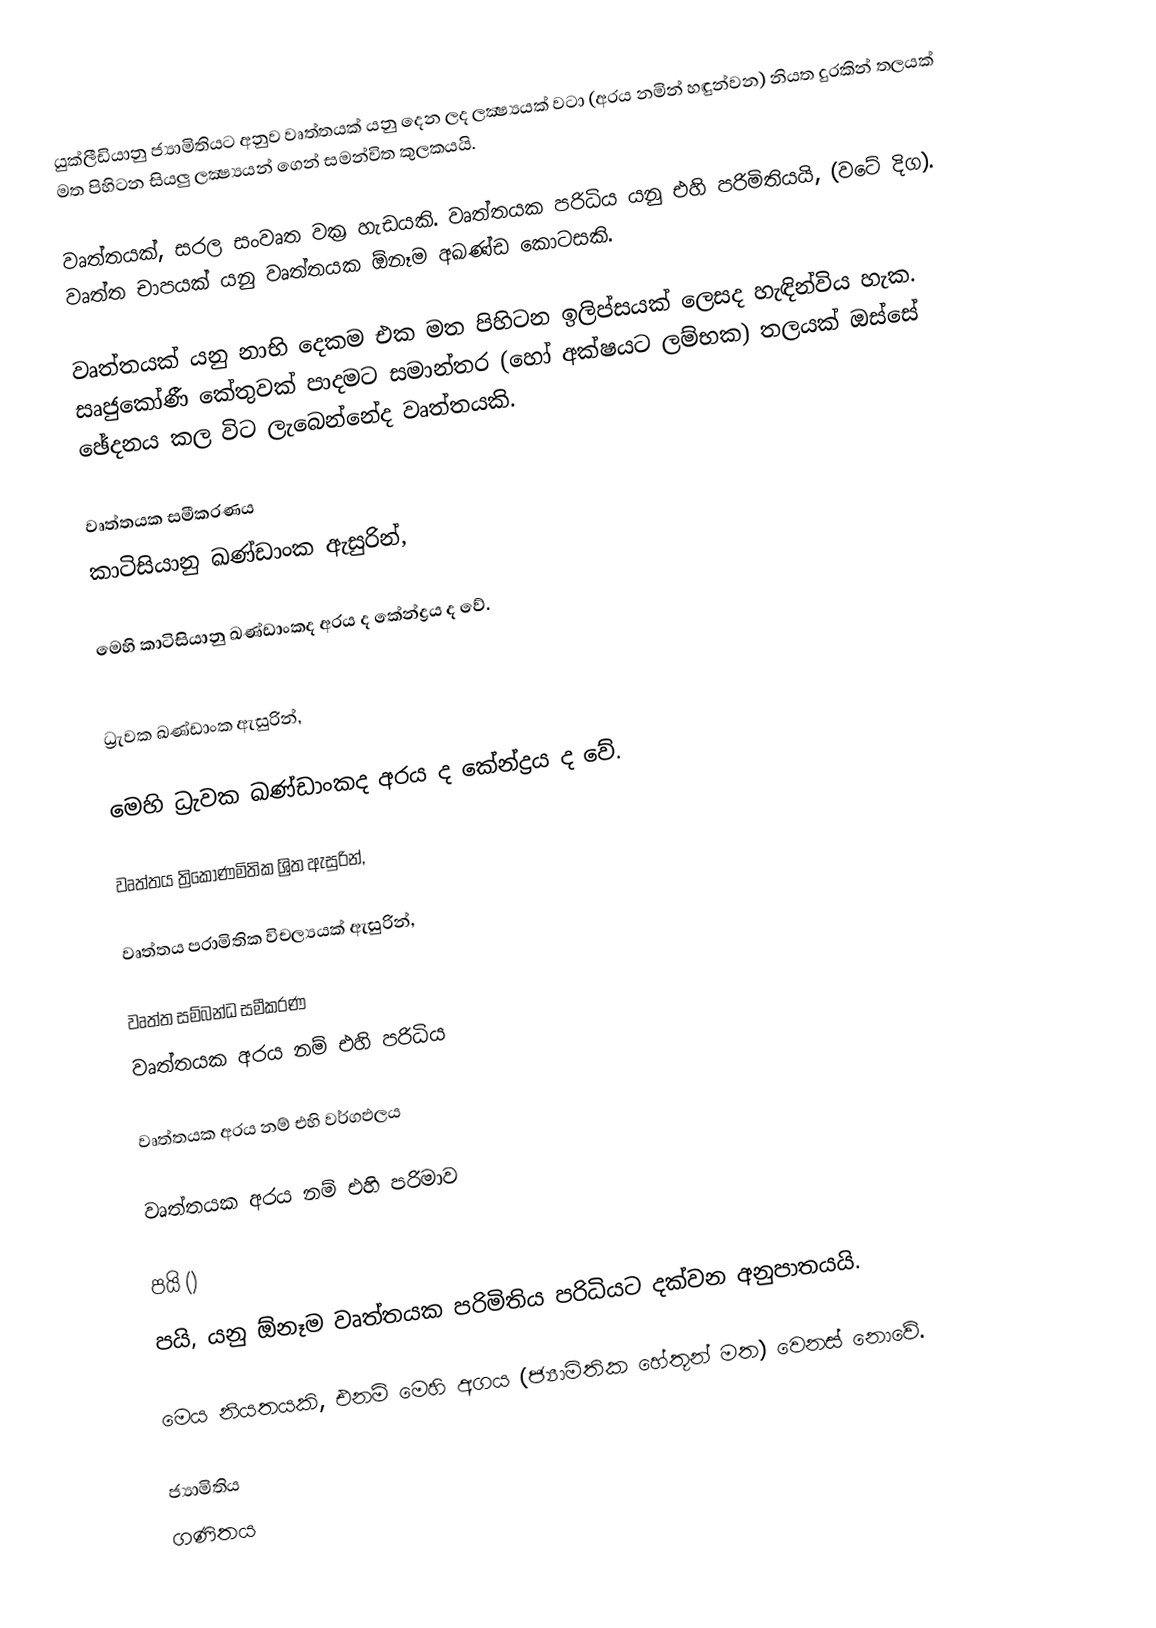
යුක්ලීඩියානු ජ්‍යාමිතියට අනුව වෘත්තයක් යනු දෙන ලද ලක්‍ෂ්‍යයක් වටා (අරය නමින් හඳුන්වන) නියත දුරකින් තලයක් මත පිහිටන සියලු ලක්‍ෂ්‍යයන් ගෙන් සමන්විත කුලකයයි.

වෘත්තයක්, සරල සංවෘත වක්‍ර හැඩයකි. වෘත්තයක පරිධිය යනු එහි පරිමිතියයි, (වටේ දිග). වෘත්ත චාපයක් යනු වෘත්තයක ඕනෑම අඛණ්ඩ කොටසකි.

වෘත්තයක් යනු නාභි දෙකම එක මත පිහිටන ඉලිප්සයක් ලෙසද හැඳින්විය හැක. සෘජුකෝණී කේතුවක් පාදමට සමාන්තර (හෝ අක්ෂයට ලම්භක) තලයක් ඔස්සේ ඡේදනය කල විට ලැබෙන්නේද වෘත්තයකි.

වෘත්තයක සමීකරණය
කාටිසියානු ඛණ්ඩාංක ඇසුරින්,

මෙහි  කාටිසියානු ඛණ්ඩාංකද අරය  ද කේන්ද්‍රය  ද වේ.

ධ්‍රැවක ඛණ්ඩාංක ඇසුරින්,

මෙහි  ධ්‍රැවක ඛණ්ඩාංකද අරය  ද කේන්ද්‍රය   ද වේ.

වෘත්තය ත්‍රිකෝණමිතික ශ්‍රිත ඇසුරින්,

වෘත්තය  පරාමිතික විචල්‍යයක් ඇසුරින්,

වෘත්ත සම්බන්ධ සමීකරණ
වෘත්තයක අරය  නම් එහි පරිධිය

වෘත්තයක අරය  නම් එහි වර්ගඵලය

වෘත්තයක අරය  නම් එහි පරිමාව

පයි ()
පයි, යනු ඕනෑම වෘත්තයක පරිමිතිය පරිධියට දක්වන අනුපාතයයි.

මෙය නියතයකි, එනම් මෙහි අගය (ජ්‍යාමිතික හේතූන් මත) වෙනස් නොවේ.

ජ්‍යාමිතිය
ගණිතය